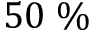
5 0 \; \%